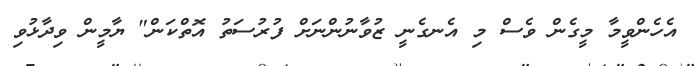
އެހެންވީމާ މީގެން ވެސް މި އެނގެނީ ޒުވާނުންނަށް ފުރުސަތު އޮތްކަން" ޔާމީން ވިދާޅުވި